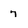
Character: 7